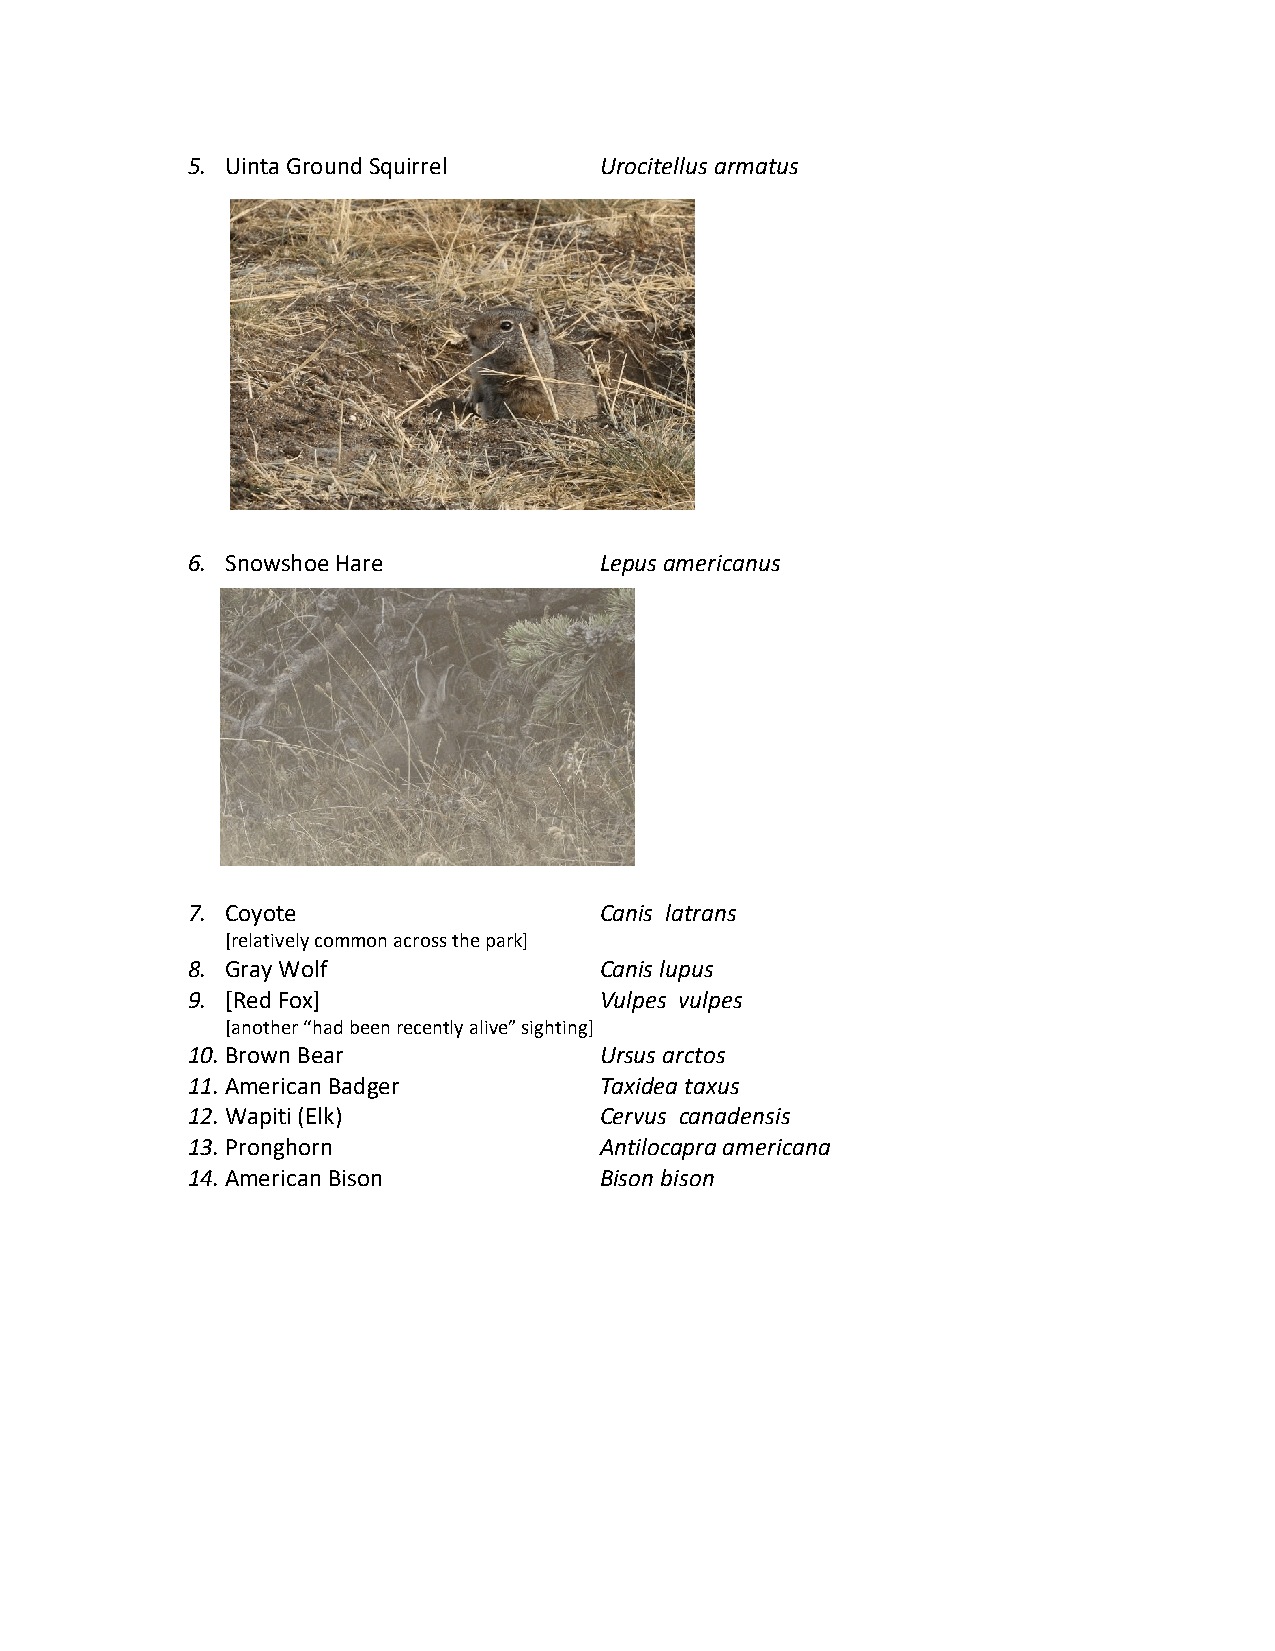
5. Uinta Ground Squirrel    Urocitellus armatus
 6. Snowshoe Hare            Lepus americanus
 7. Coyote                   Canis latrans
 [relatively common across the park]
 8. Gray Wolf                Canis lupus
 9. [Red Fox]                Vulpes vulpes
 [another “had been recently alive” sighting]
 10. Brown Bear              Ursus arctos
 11. American Badger         Taxidea taxus
 12. Wapiti (Elk)            Cervus canadensis
 13. Pronghorn               Antilocapra americana
 14. American Bison          Bison bison